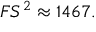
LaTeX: F S ^ { 2 } \approx 1 4 6 7 .